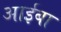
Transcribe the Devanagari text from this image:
आईबा